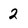
Character: 2